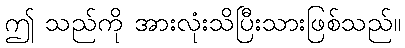
ဤ သည်ကို အားလုံးသိပြီးသားဖြစ်သည်။